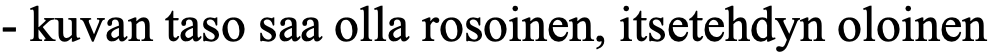
- kuvan taso saa olla rosoinen, itsetehdyn oloinen